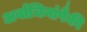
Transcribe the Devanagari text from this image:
अर्वाचिनांपैकी